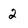
Character: 2